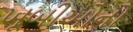
ખૂબીઓનો